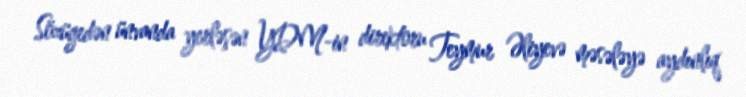
Sözügedən ünvanda yerləşən YDM-in direktoru Teymur Əliyevə məsələyə aydınlıq